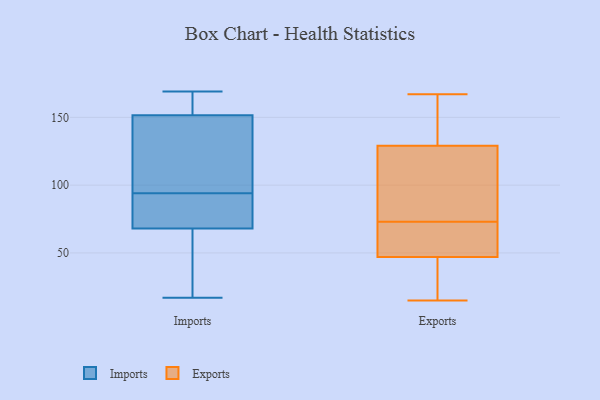
{"axis": {"x": "Active Users", "y": "Value"}, "legend": ["Exports", "Imports"], "data": [{"x": "", "y": 48, "type": "Imports"}, {"x": "", "y": 77, "type": "Imports"}, {"x": "", "y": 77, "type": "Imports"}, {"x": "", "y": 150, "type": "Imports"}, {"x": "", "y": 153, "type": "Imports"}, {"x": "", "y": 127, "type": "Imports"}, {"x": "", "y": 92, "type": "Imports"}, {"x": "", "y": 96, "type": "Imports"}, {"x": "", "y": 17, "type": "Imports"}, {"x": "", "y": 59, "type": "Imports"}, {"x": "", "y": 155, "type": "Imports"}, {"x": "", "y": 153, "type": "Imports"}, {"x": "", "y": 169, "type": "Imports"}, {"x": "", "y": 50, "type": "Imports"}, {"x": "", "y": 126, "type": "Imports"}, {"x": "", "y": 84, "type": "Imports"}, {"x": "", "y": 138, "type": "Exports"}, {"x": "", "y": 73, "type": "Exports"}, {"x": "", "y": 66, "type": "Exports"}, {"x": "", "y": 39, "type": "Exports"}, {"x": "", "y": 44, "type": "Exports"}, {"x": "", "y": 126, "type": "Exports"}, {"x": "", "y": 145, "type": "Exports"}, {"x": "", "y": 167, "type": "Exports"}, {"x": "", "y": 117, "type": "Exports"}, {"x": "", "y": 15, "type": "Exports"}, {"x": "", "y": 91, "type": "Exports"}, {"x": "", "y": 48, "type": "Exports"}, {"x": "", "y": 66, "type": "Exports"}]}